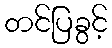
တင်ပြခွင့်